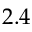
2 . 4